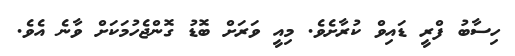
ހިސާބު ފްރީ ޑައިވް ކުރާށެވެ. މިއީ ވަރަށް ބޮޑު ގޮންޖެހުމަކަށް ވާނެ އެވެ.